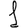
Digit: 1